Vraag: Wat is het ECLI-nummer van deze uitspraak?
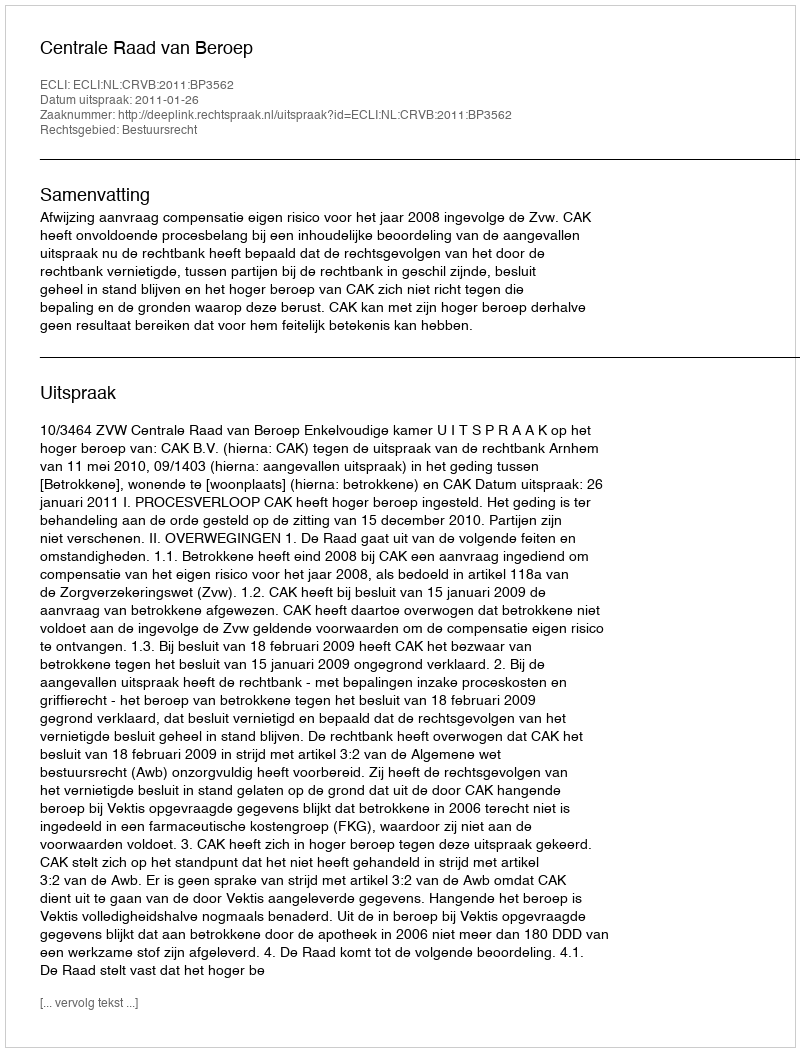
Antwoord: ECLI:NL:CRVB:2011:BP3562